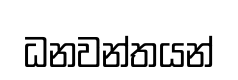
ධනවන්තයන්